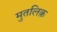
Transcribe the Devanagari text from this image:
मुतलिक़